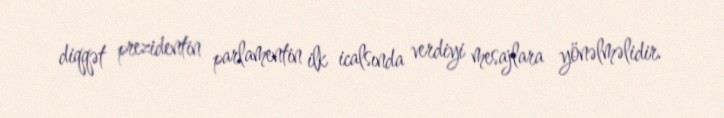
diqqət prezidentin parlamentin ilk icalsında verdiyi mesajlara yönəlməlidir.